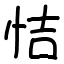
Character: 恄